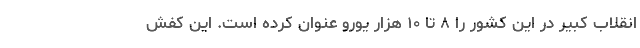
انقلاب کبیر در این کشور را ۸ تا ۱۰ هزار یورو عنوان کرده است. این کفشِ